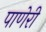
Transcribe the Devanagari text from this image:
पाणेरी